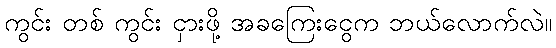
ကွင်း တစ် ကွင်း ငှားဖို့ အခကြေးငွေက ဘယ်လောက်လဲ။